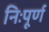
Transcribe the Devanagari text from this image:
निःपूर्ण